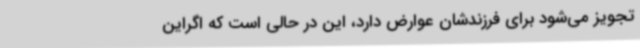
تجویز می‌شود برای فرزندشان عوارض دارد، این در حالی است که اگراین